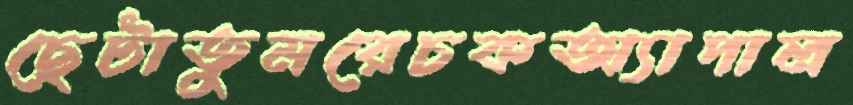
ছেটাতুমরেচকঅ্যাপাল